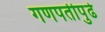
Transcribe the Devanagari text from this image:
गणपतीपुढे